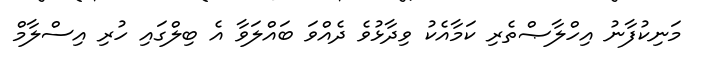
މަނިކުފާނު އިހްލާޞްތެރި ކަމާއެކު ވިދާޅުވެ ދެއްވަ ބައްލަވާ އެ ބިލްގައި ހުރި އިސްލާމް